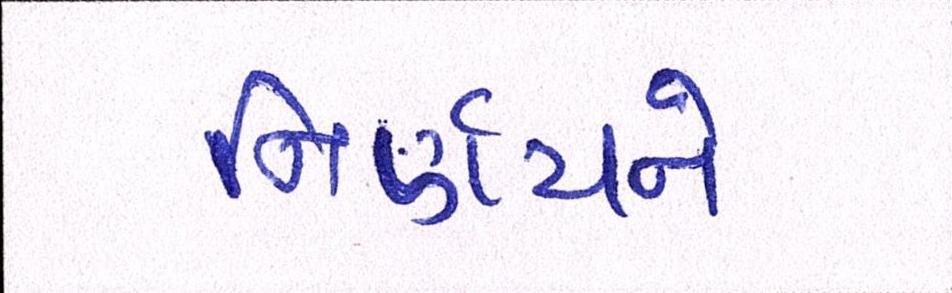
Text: નિર્ણયને